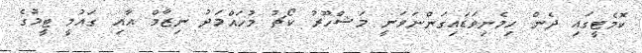
ކޮމެޓީގައި ދެން ހިމެނިވަޑައިގަންނަވަނީ މަޝްހޫރު ކޯޗު މުހައްމަދު ނިޒާމް އާއި ގައުމީ ޓީމުގެ